Lunatic asylums in Bengal annual reports 1912-1924 - 1912-1924
Year: 1912
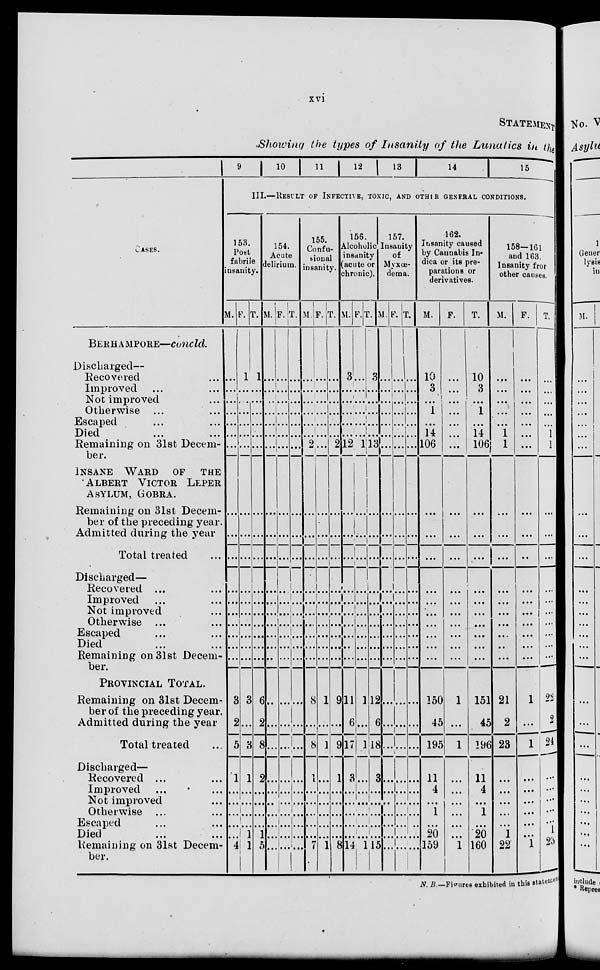
xvi
STATEMENT
Showing the types of Insanity of the Lunatics in the
CASES.
BERHAMPORE—concld.
Discharged—
Recovered ...
Imporved ... ...
Not improved ... ...
Oterwise ... ...
Escaped ... ...
Died ... ...
Remaining on 31st Decem-
ber.
INSANE WARD OF THE
ALBERT VICTOR LEPER
ASYLUM, GOBRA.
Remaining on 31st Decem-
ber of the preceding year.
Admitted during the year
Total treated ...
Discharged—
Recovered ... ...
Improved ... ...
Not improved ...
Otherwise ... ...
Escaped ... ...
Died ... ...
Remaining on 31st Decem-
ber.
PROVINCIAL TOTAL.
Remaining on 31st Decem-
ber of the preceding year.
Admitted during the year
Total treated ...
Discharged—
Recovered ... ...
Improved ... ...
Not improved ...
Otherwise ... ...
Escaped ... ...
Died ... ...
Remaining on 31st Decem-
ber.
9 10 11 12 13
14
15
III.—RESULT OF INFECTIVE, TOXIC, AND OTHER GENERAL CONDITIONS.
153.
Post
fabriie
insanity.
M.
...
...
...
...
...
...
...
...
...
...
...
...
...
...
...
...
...
3
2
5
1
...
...
...
...
...
4
F.
1
...
...
...
...
...
...
...
...
...
...
...
...
...
...
...
...
3
...
3
1
...
...
...
...
1
1
T.
1
...
...
...
..
...
...
...
...
...
...
...
...
...
...
...
...
6
2
8
2
...
...
...
...
1
5
154.
Acute
dielirium.
M.
...
...
...
...
...
...
...
...
...
...
...
...
...
...
...
...
...
...
...
...
...
...
...
...
...
...
...
F.
...
...
...
...
...
...
...
...
...
...
...
...
...
...
...
...
...
...
...
...
...
...
...
...
...
...
...
T.
...
...
...
...
...
...
...
...
...
...
...
...
...
...
...
...
...
...
...
...
...
...
...
...
...
...
...
155.
Confu-
sional
insanity.
M.
...
...
...
...
...
...
2
...
...
...
...
...
...
...
...
...
...
8
...
8
...
...
...
...
...
...
7
F.
...
...
...
...
...
...
...
...
...
...
...
...
...
...
...
...
...
1
...
1
...
...
...
...
...
...
1
T.
...
...
...
...
...
...
2
...
...
...
...
...
...
...
...
...
...
9
...
9
1
...
..
...
...
...
8
156.
Alcoholic
insanity
(acute or
chronic).
M.
3
...
...
...
...
..
12
...
...
...
...
...
...
...
... ...
...
11
6
17
3
...
...
...
...
...
14
F.
...
...
...
...
...
...
1
...
...
...
...
...
...
...
...
...
...
1
...
1
...
...
...
...
...
...
1
T.
3
...
...
...
...
...
13
...
...
...
...
...
...
...
...
...
...
12
6
18
3
...
...
...
...
...
15
157.
Insanity
of
Myxœ-
dema.
M.
...
...
...
...
...
...
...
...
...
...
...
...
...
...
...
...
...
...
...
...
...
...
...
...
...
...
...
F.
...
...
...
...
...
...
...
...
...
...
...
...
...
...
...
...
...
...
...
...
...
...
...
...
...
...
...
T.
...
...
...
....
...
...
...
...
...
...
...
...
...
...
...
...
...
...
...
...
...
...
...
...
...
...
162.
Insanity caused
by Caunabis In-
dica or its pre-
parations or
derivatives.
M.
10
3
...
1
...
14
106
...
...
...
...
...
...
...
...
...
...
150
45
195
11
4
...
1
...
20
159
F.
...
...
...
...
...
...
...
...
...
...
...
...
...
...
...
...
...
1
...
1
...
...
...
...
...
...
1
T.
10
3
...
1
...
14
106
...
...
...
...
...
...
...
...
...
...
151
45
196
11
4
...
1
...
20
160
158—161
and 163.
Insanity from
other causes.
M.
...
...
...
...
...
1
1
...
...
...
...
...
...
...
...
...
...
21
2
23
...
...
...
...
...
1
22
F.
...
...
...
...
...
...
...
...
...
...
...
...
...
...
...
...
...
1
...
1
...
...
...
...
...
...
1
T.
...
...
...
...
1
1
...
...
...
...
...
...
...
...
...
...
23
2
24
...
...
...
...
...
1
23
N. B.—Figures exhibited in this statement